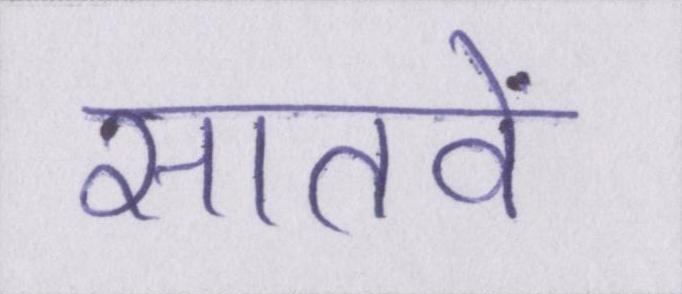
सातवें